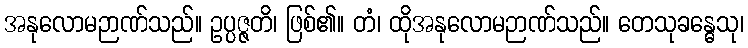
အနုလောမဉာဏ်သည်။ ဥပ္ပဇ္ဇတိ၊ ဖြစ်၏။ တံ၊ ထိုအနုလောမဉာဏ်သည်။ တေသုခန္ဓေသု၊